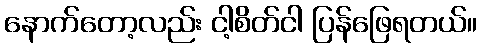
နောက်တော့လည်း ငါ့စိတ်ငါ ပြန်ဖြေရတယ်။